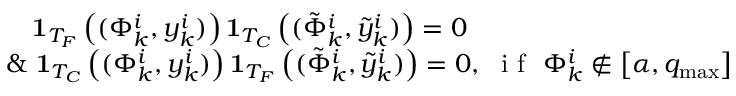
\begin{array} { r } { \begin{array} { l c r } { \quad \mathbf { 1 } _ { T _ { F } } \left( ( \Phi _ { k } ^ { i } , y _ { k } ^ { i } ) \right) \mathbf { 1 } _ { T _ { C } } \left( ( \tilde { \Phi } _ { k } ^ { i } , \tilde { y } _ { k } ^ { i } ) \right) = 0 } \\ { \& \ \mathbf { 1 } _ { T _ { C } } \left( ( \Phi _ { k } ^ { i } , y _ { k } ^ { i } ) \right) \mathbf { 1 } _ { T _ { F } } \left( ( \tilde { \Phi } _ { k } ^ { i } , \tilde { y } _ { k } ^ { i } ) \right) = 0 , \ \textrm { i f } \ \Phi _ { k } ^ { i } \notin \left[ \alpha , q _ { \operatorname* { m a x } } \right] } \end{array} } \end{array}